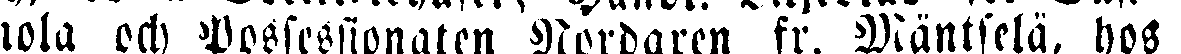
mola och Possessionaten Nordgren fr. Mäntselä, hos